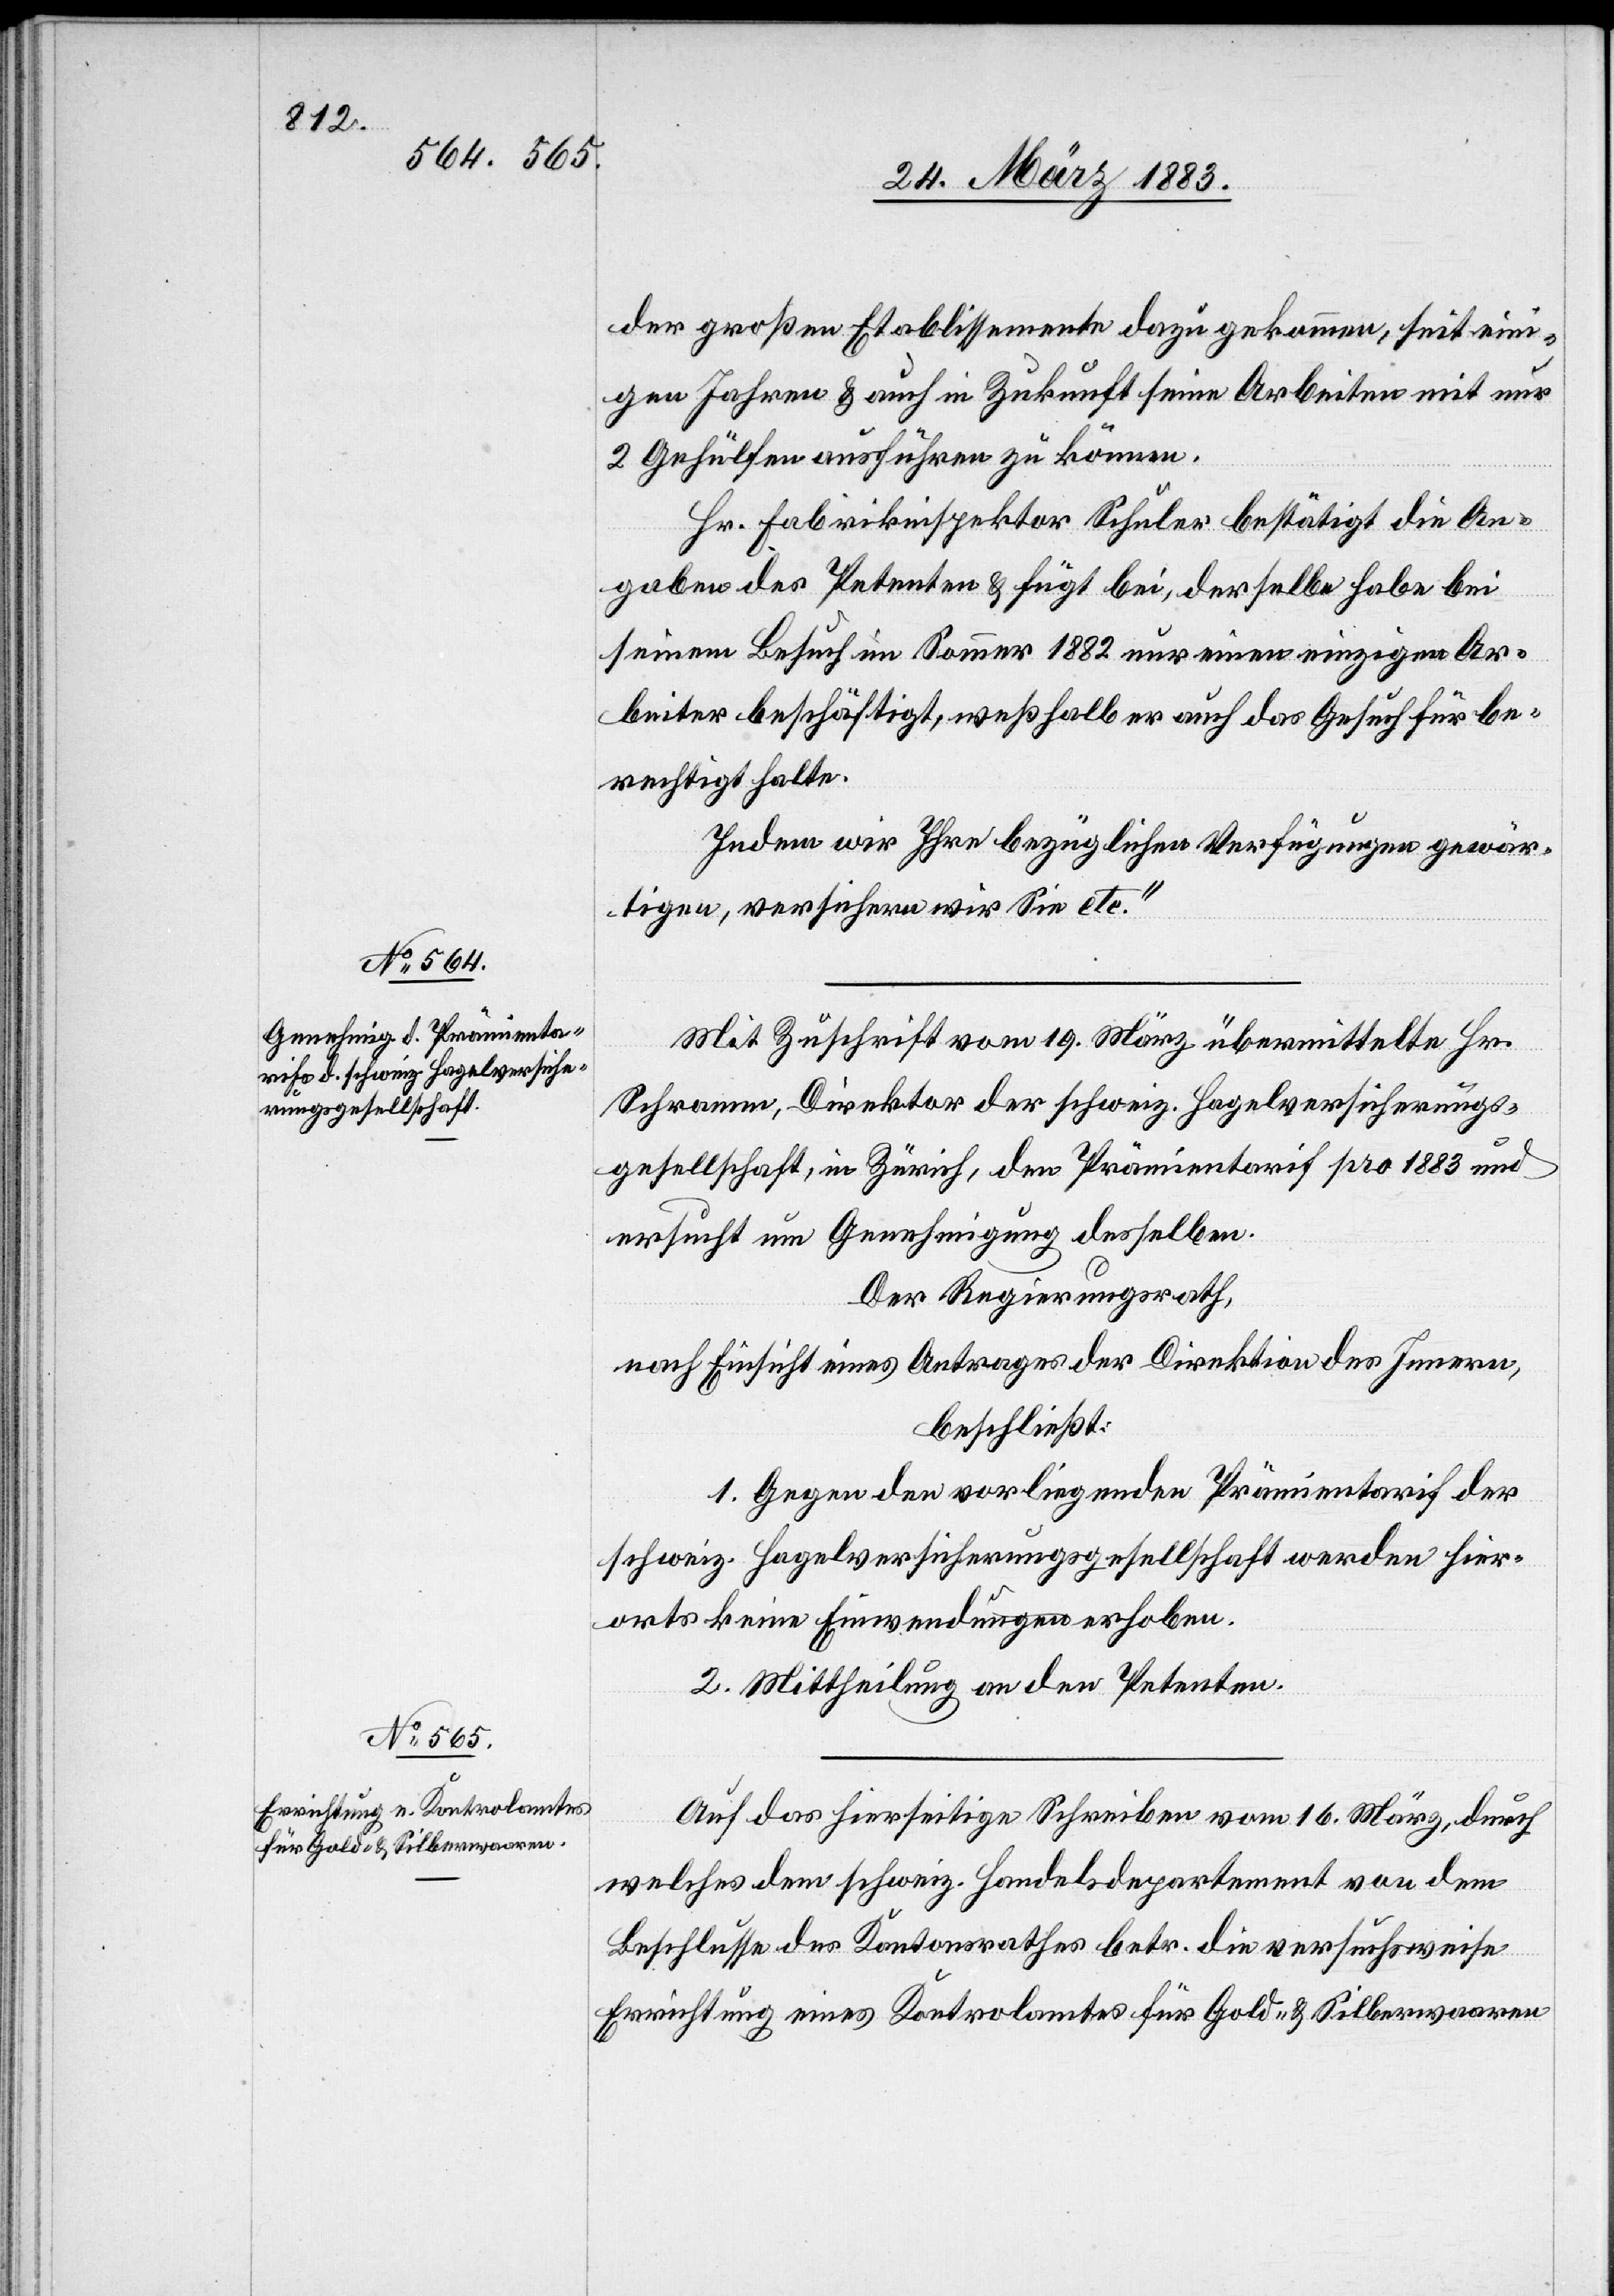
der großen Etablissemente dazu gekommen, seit eini¬
gen Jahren & auch in Zukunft seine Arbeiten mit nur
2 Gehülfen ausführen zu können.
Hr. Fabrikinspektor Schuler bestätigt die An¬
gaben des Petenten & fügt bei, derselbe habe bei
seinem Besuch im Sommer 1882 nur einen einzigen Ar¬
beiter beschäftigt, weßhalb er auch des Gesuch für be¬
rechtigt halte.
Indem wir Ihre bezüglichen Verfügungen gewär¬
tigen, versichern wir Sie etc.“
Mit Zuschrift vom 19. März übermittelte Hr.
Schramm, Direktor der schweiz. Hagelversicherungs¬
gesellschaft, in Zürich, den Prämientarif pro 1883 und
ersucht um Genehmigung desselben.
Der Regierungsrath,
nach Einsicht eines Antrages der Direktion des Innern,
beschließt:
1. Gegen den vorliegenden Prämientarif der
schweiz. Hagelversicherungsgesellschaft werden hier¬
orts keine Einwendungen erhoben.
2. Mittheilung an den Petenten.
Auf das hierseitige Schreiben vom 16. März, durch
welches dem schweiz. Handelsdepartement von dem
Beschlusse des Kantonsrathes betr. die versuchsweise
Errichtung eines Kontrolamtes für Gold- & Silberwaaren